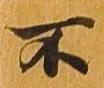
不